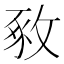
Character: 𢽴